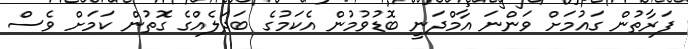
ފަރާތުން ގައުމަށް ވަންނަ އާމްދަނީ ބޮޑުވުމުން އެކަމުގެ ބަދަލެއްގެ ގޮތުން ކަމަށް ވެސް